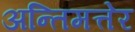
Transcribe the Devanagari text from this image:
अन्तिमत्तेर